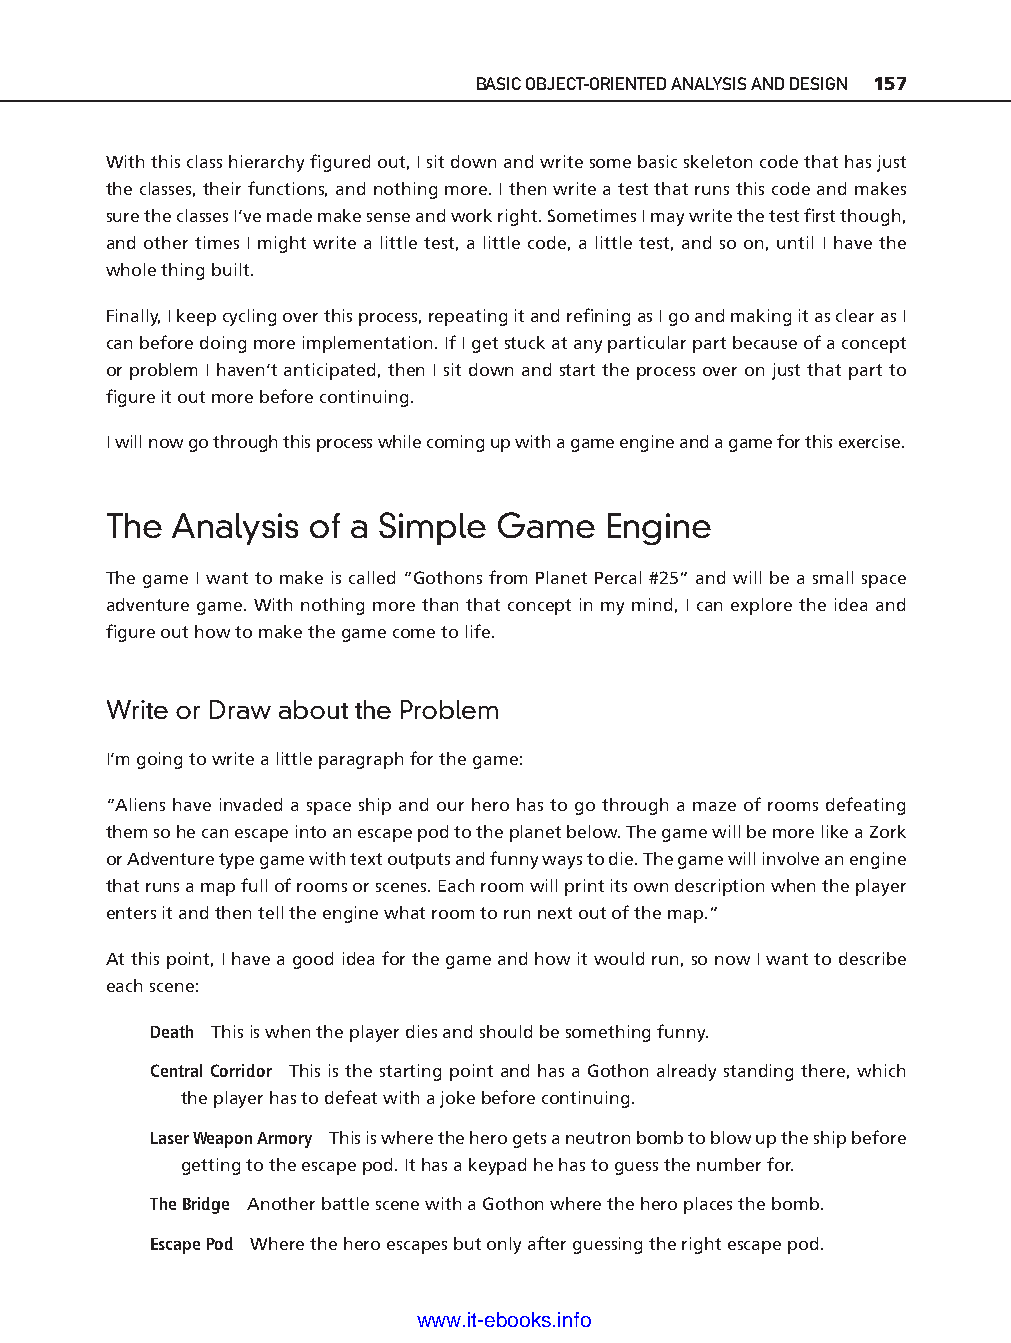
BASIC OBJECT- ORIENTED ANALYSIS AND DESIGN 157
 With this class hierarchy fi gured out, I sit down and write some basic skeleton code that has just
 the classes, their functions, and nothing more. I then write a test that runs this code and makes
 sure the classes I’ve made make sense and work right. Sometimes I may write the test fi rst though,
 and other times I might write a little test, a little code, a little test, and so on, until I have the
 whole thing built.
 Finally, I keep cycling over this process, repeating it and refi ning as I go and making it as clear as I
 can before doing more implementation. If I get stuck at any particular part because of a concept
 or problem I haven’t anticipated, then I sit down and start the process over on just that part to
 fi gure it out more before continuing.
 I will now go through this process while coming up with a game engine and a game for this exercise.
 The  Analysis of a Simple Game   Engine
 The game I want to make is called “Gothons from Planet Percal #25” and will be a small space
 adventure game. With nothing more than that concept in my mind, I can explore the idea and
 fi gure out how to make the game come to life.
 ptg11539604
 Write or Draw about the Problem
 I’m going to write a little paragraph for the game:
 “Aliens have invaded a space ship and our hero has to go through a maze of rooms defeating
 them so he can escape into an escape pod to the planet below. The game will be more like a Zork
 or Adventure type game with text outputs and funny ways to die. The game will involve an engine
 that runs a map full of rooms or scenes. Each room will print its own description when the player
 enters it and then tell the engine what room to run next out of the map.”
 At this point, I have a good idea for the game and how it would run, so now I want to describe
 each scene:
 Death This is when the player dies and should be something funny.
 Central Corridor This is the starting point and has a Gothon already standing there, which
 the player has to defeat with a joke before continuing.
 Laser Weapon Armory This is where the hero gets a neutron bomb to blow up the ship before
 getting to the escape pod. It has a keypad he has to guess the number for.
 The Bridge Another battle scene with a Gothon where the hero places the bomb.
 Escape Pod Where the hero escapes but only after guessing the right escape pod.
 www.it-ebooks.info